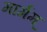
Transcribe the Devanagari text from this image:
मार्गम्‌